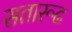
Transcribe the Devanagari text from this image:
सतारूढ